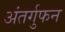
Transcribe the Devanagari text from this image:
अंतर्गुफन